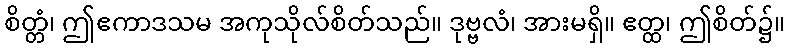
စိတ္တံ၊ ဤဧကာဒသမ အကုသိုလ်စိတ်သည်။ ဒုဗ္ဗလံ၊ အားမရှိ။ ဧတ္ထ၊ ဤစိတ်၌။